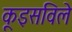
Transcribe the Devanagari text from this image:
कूइसविले